Physiological action of certain drugs in tablet form - Number 52A
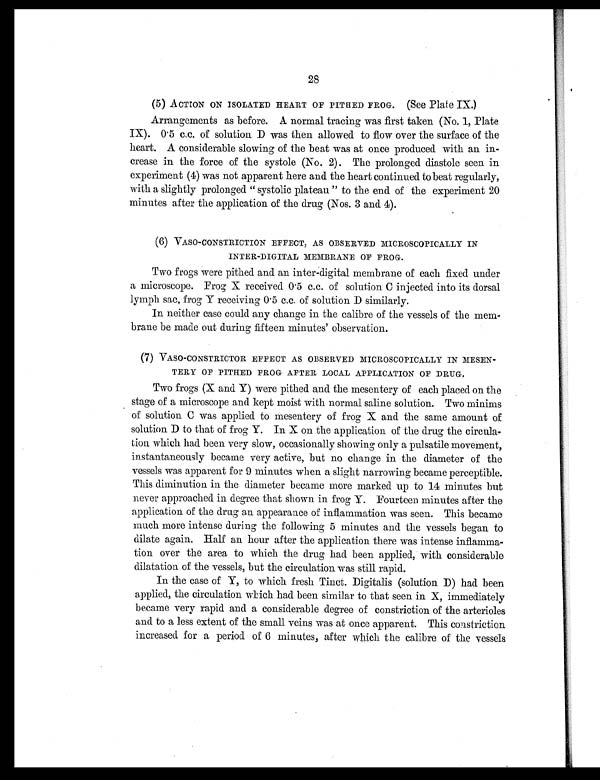
28
(5) .ACTION ON ISOLATED HEART OF PITHED FROG. (See Plate IX.)
Arrangements as before. A normal tracing was first taken (No. 1, Plate
IX). 0.5 c.c. of solution D was then allowed to flow over the surface of the
heart. A considerable slowing of the beat was at once produced with an in
-crease in the force of the systole (No. 2). The prolonged diastole seen in
experiment (4) was not apparent here and the heart continued to beat regularly,
with a slightly prolonged " systolic plateau " to the end of the experiment 20
minutes after the application of the drug (Nos. 3 and 4).
(6) VASO-CONSTRICTION EFFECT, AS OBSERVED MICROSCOPICALLY IN
INTER-DIGITAL MEMBRANE OF FROG.
Two frogs were pithed and an inter-digital membrane of each fixed under
a microscope. Frog X received 0.5 c.c. of solution C injected into its dorsal
lymph sac, frog Y receiving 0.5 c.c. of solution D similarly.
In neither case could any change in the calibre of the vessels of the mem.
brane be made out during fifteen minutes' observation.
(7) VASO-CONSTRICTOR EFFECT AS OBSERVED MICROSCOPICALLY IN MESEN-
TERY OF PITHED FROG- AFTER LOCAL APPLICATION OF DRUG-.
Two frogs (X and Y) were pithed and the mesentery of each placed on the
stage of a microscope and kept moist with normal saline solution. Two minims
of solution C was applied to mesentery of frog X and the same amount of
solution D to that of frog Y. In X on the application of the drug the circula
-tion which had been very slow, occasionally showing only a pulsatile movement,
instantaneously became very active, but no change in the diameter of the
vessels was apparent for 9 minutes when a slight narrowing became perceptible.
This diminution in the diameter became more marked up to 14 minutes but
never approached in degree that shown in frog Y. Fourteen minutes after the
application of the drug an appearance of inflammation was seen. This became
much more intense during the following 5 minutes and the vessels began to
dilate again. Half an hour after the application there was intense inflamma
-tion over the area to which the drug had been applied, with considerable
dilatation of the vessels, but the circulation was still rapid.
In the case of Y, to which fresh Tinct. Digitalis (solution D) had been
applied, the circulation which had been similar to that seen in X, immediately
became very rapid and a considerable degree of constriction of the arterioles
and to a less extent of the small veins was at once apparent. This constriction
increased for a period of 6 minutes, after which the calibre of the vessels